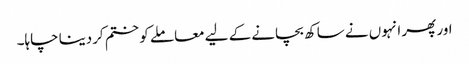
اور پھر انہوں نے ساکھ بچانے کے لیے معاملے کو ختم کردینا چاہا۔